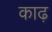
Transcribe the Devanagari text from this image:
काढ़